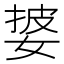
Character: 𫰷